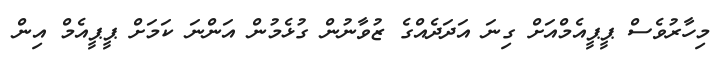
މިހާރުވެސް ޕީޕީއެމްއަށް ގިނަ އަދަދެއްގެ ޒުވާނުން ގުޅެމުން އަންނަ ކަމަށް ޕީޕީއެމް އިން